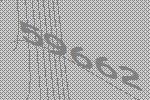
59662